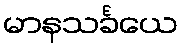
မာနသင်္ခယေ